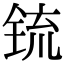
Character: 锍